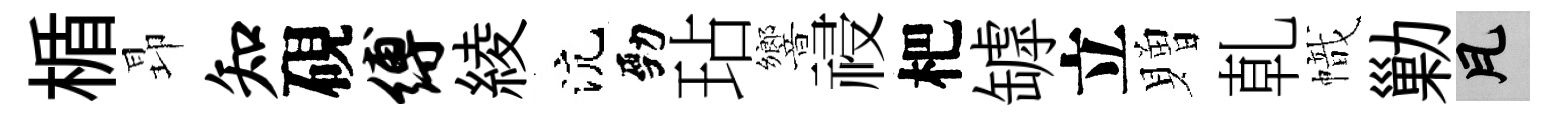
楯昻知硯缚綾沆勁玷響祲杷罅立贈乹幟勦瓦